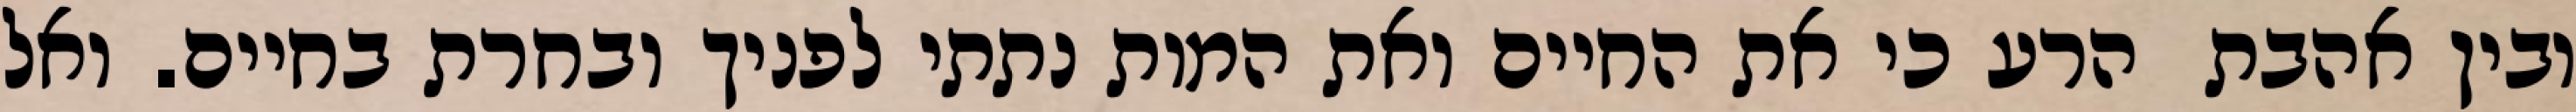
ובין אהבת  הרע כי את החיים ואת המות נתתי לפניך ובחרת בחיים. ואל